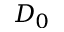
D _ { 0 }